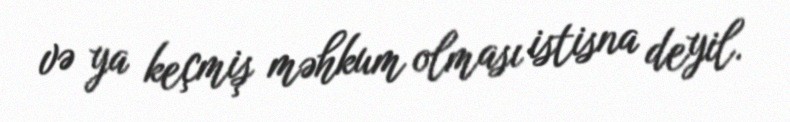
və ya keçmiş məhkum olması istisna deyil.